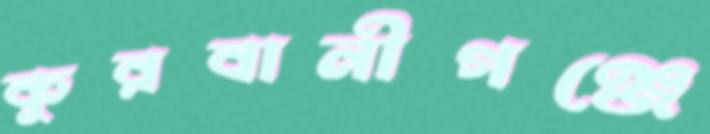
কুরবানীগঞ্জে